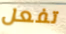
تفعل